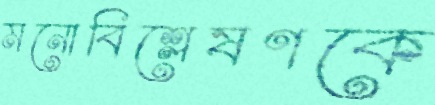
মনোবিশ্লেষণকে